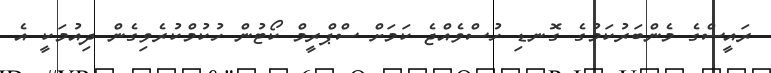
ރައީސްގެ މެންބަރުކަމުގެ ގޮނޑި ހުސްވެއްޖެ ކަމަށް ސްޕްރީމް ކޯޓުން ހުކުމްކުރެވިގެން ދިއުމަކީ އެ